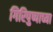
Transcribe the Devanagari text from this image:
गिरिपुष्पाच्या